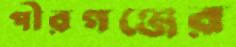
পীরগঞ্জের